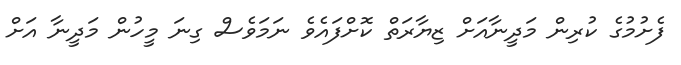
ފެށުމުގެ ކުރިން މަދީނާއަށް ޒިޔާރަތް ކޮށްފައެވެ ނަމަވެސް ގިނަ މީހުން މަދީނާ އަށް